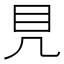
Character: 𥃯